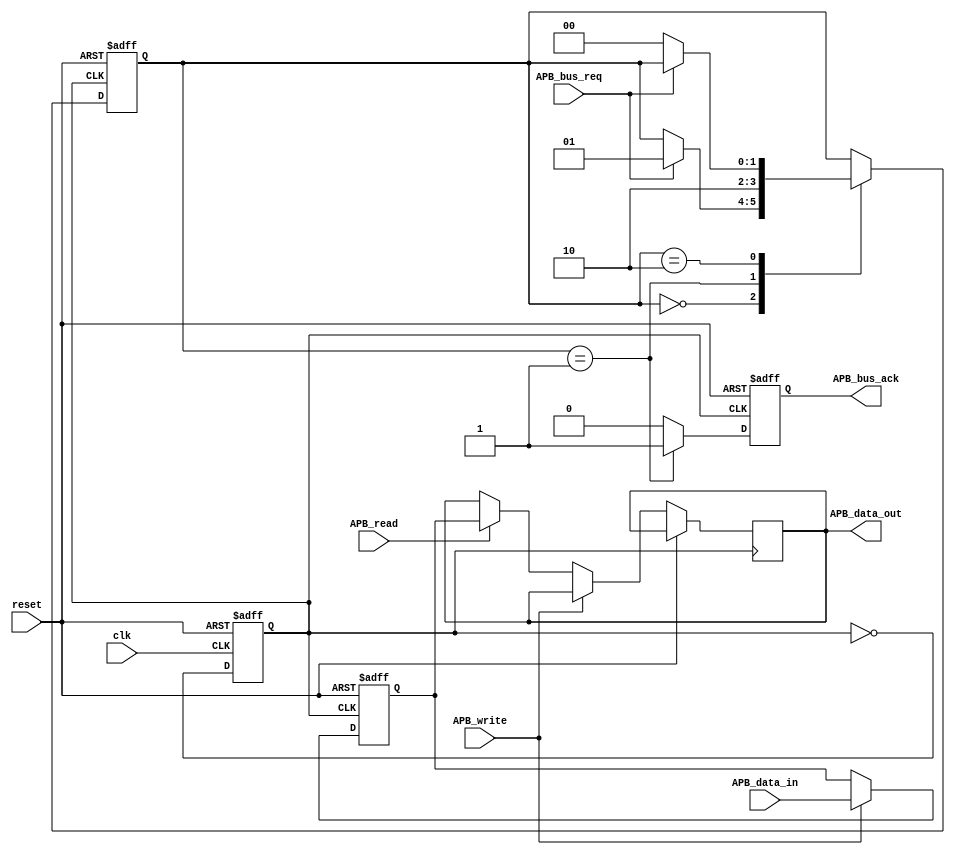
module APB_controller (
    input clk,
    input reset,
    input wire APB_bus_req,
    output wire APB_bus_ack,
    input wire [7:0] APB_data_in,
    output wire [7:0] APB_data_out,
    input wire APB_read,
    input wire APB_write
);

// Clock generation module
reg clk_gen;
always @(posedge clk or posedge reset) begin
    if (reset) begin
        clk_gen <= 1'b0;
    end else begin
        clk_gen <= ~clk_gen;
    end
end

// Data transfer control module
reg [7:0] data_reg;
always @(posedge clk_gen or posedge reset) begin
    if (reset) begin
        data_reg <= 8'b0;
    end else begin
        if (APB_write) begin
            data_reg <= APB_data_in;
        end else if (APB_read) begin
            APB_data_out <= data_reg;
        end
    end
end

// Bus synchronization module
reg [1:0] state;
always @(posedge clk_gen or posedge reset) begin
    if (reset) begin
        state <= 2'b00;
    end else begin
        case (state)
            2'b00: begin // Idle state
                if (APB_bus_req) begin
                    state <= 2'b01;
                end
            end
            2'b01: begin // Transfer state
                state <= 2'b10;
            end
            2'b10: begin // Acknowledge state
                if (~APB_bus_req) begin
                    state <= 2'b00;
                end
            end
        endcase
    end
end

// Timing control module
always @(posedge clk_gen or posedge reset) begin
    if (reset) begin
        APB_bus_ack <= 1'b0;
    end else begin
        if (state == 2'b01) begin
            APB_bus_ack <= 1'b1;
        end else begin
            APB_bus_ack <= 1'b0;
        end
    end
end

endmodule